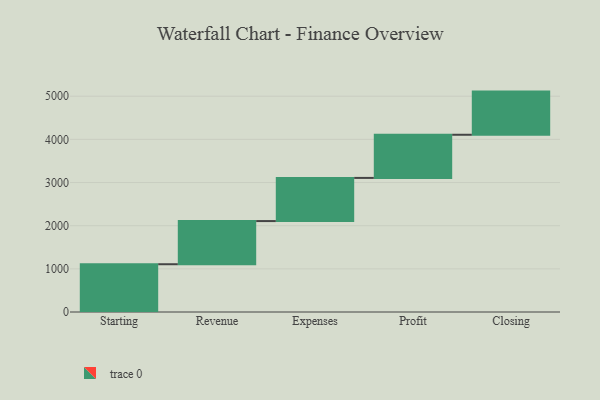
{"axis": {"x": "Step", "y": "Value"}, "legend": [""], "data": [{"x": "Starting", "y": 1107.0, "type": ""}, {"x": "Revenue", "y": 1000, "type": ""}, {"x": "Expenses", "y": 1000, "type": ""}, {"x": "Profit", "y": 1000, "type": ""}, {"x": "Closing", "y": 1000, "type": ""}]}